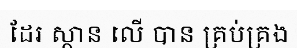
ដែរ ស្ថាន លើ បាន គ្រប់គ្រង